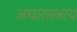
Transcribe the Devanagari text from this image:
अघारास्त्राय